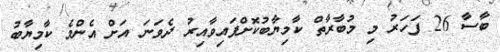
ބާސާ 26 ފަހަރު މި މުބާރާތް ކާމިޔާބުކޮށްފައިވާއިރު ދެވަނަ އަށް އެންމެ ކާމިޔާބު